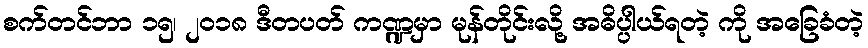
စက်တင်ဘာ ၁၅၊ ၂၀၁၈ ဒီတပတ် ကဏ္ဍမှာ မုန်တိုင်းလို့ အဓိပ္ပါယ်ရတဲ့ ကို အခြေခံတဲ့